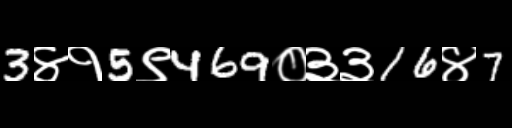
Text: 3४१5९469०३३16४7